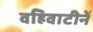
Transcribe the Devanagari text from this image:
वहिवाटीनें